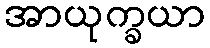
အာယုက္ခယာ